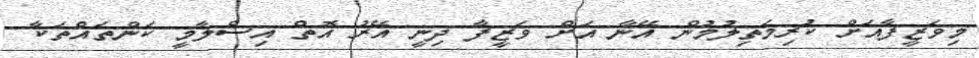
މިވަޒީފާއަށް ކުރިމަތިލުމުން އޭނާ އަށް ވަޒީފާ ދިނީ އޭރު އޮތް އިސްލާމީ ކަންތައްތަކާ